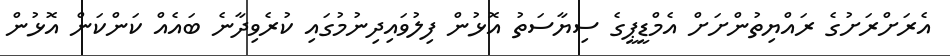
އެރަށްރަށުގެ ރައްޔިތުންށަށް އެމްޑީޕީގެ ސިޔާސަތު އޮޅުން ފިލުވައިދިނުމުގައި ކުރެވިދާނެ ބައެއް ކަންކަން އޮޅުން